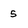
Character: 5